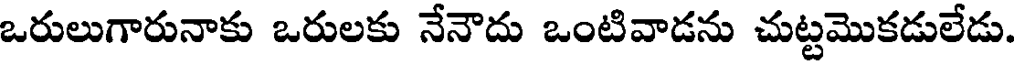
ఒరులుగారునాకు ఒరులకు నేనౌదు ఒంటివాడను చుట్టమొకడులేడు.